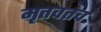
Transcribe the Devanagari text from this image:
मृतवतच